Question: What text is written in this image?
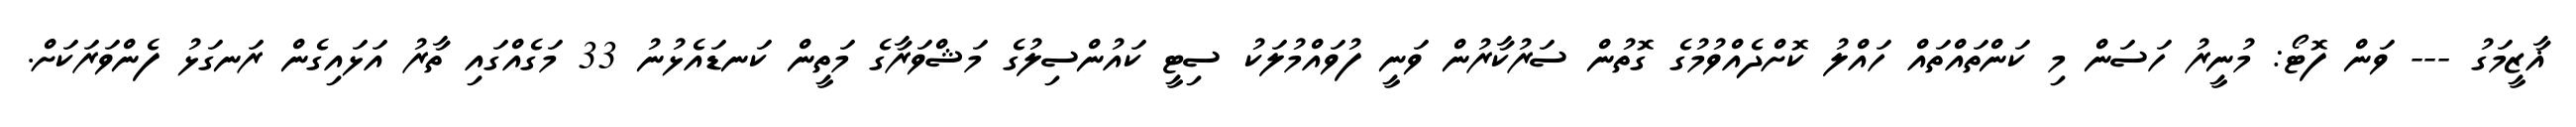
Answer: ޣާޒީމަގު --- ވަން ފޮޓޯ: މުނީރު ހަސަން މި ކަންތައްތައް ހައްލު ކޮށްދެއްވުމުގެ ގޮތުން ސަރުކާރުން ވަނީ ފުވައްމުލަކު ސިޓީ ކައުންސިލުގެ މަޝްވަރާގެ މަތީން ކަނޑައެޅުނު 33 މަގެއްގައި ތާރު އަޅައިގެން ރަނގަޅު ފެންވަރަކަށް.